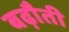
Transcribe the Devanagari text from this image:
बढ़ौती